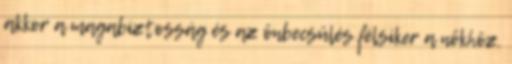
akkor a magabiztosság és az önbecsülés félsiker a nőkhöz.